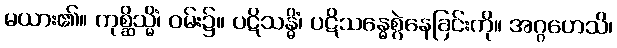
မယား၏။ ကုစ္ဆိသ္မိံ၊ ဝမ်း၌။ ပဋိသန္ဓိံ၊ ပဋိသန္ဓေစွဲနေခြင်းကို။ အဂ္ဂဟေသိ၊